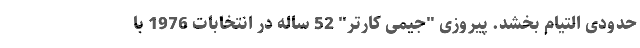
حدودی التیام بخشد. پیروزی "جیمی کارتر" 52 ساله در انتخابات 1976 با